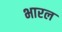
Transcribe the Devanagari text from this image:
भारल